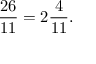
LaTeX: { \frac { 2 6 } { 1 1 } } = 2 { \frac { 4 } { 1 1 } } .